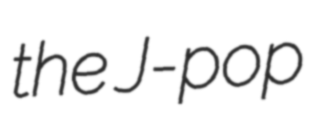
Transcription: the J-pop